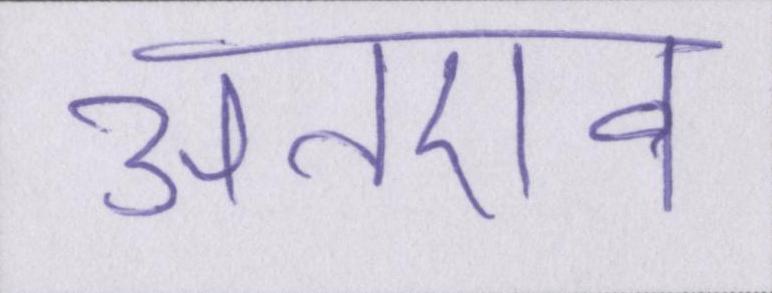
अतएव